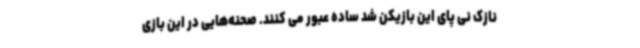
نازک نی پای این بازیکن شد ساده عبور می کنند. صحنه‌هایی در این بازی